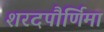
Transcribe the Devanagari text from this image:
शरदपौर्णिमा